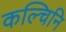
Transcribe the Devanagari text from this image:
कल्चिनि